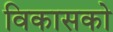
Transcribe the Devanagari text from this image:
विकासको